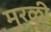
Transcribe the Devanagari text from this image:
मुरळी